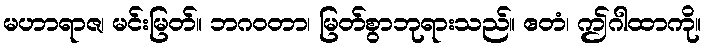
မဟာရာဇ၊ မင်းမြတ်။ ဘဂဝတာ၊ မြတ်စွာဘုရားသည်။ ဧတံ၊ ဤဂါထာကို။